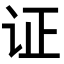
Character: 证